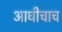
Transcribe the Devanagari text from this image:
आधीचाच